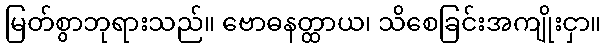
မြတ်စွာဘုရားသည်။ ဗောဓနတ္ထာယ၊ သိစေခြင်းအကျိုးငှာ။